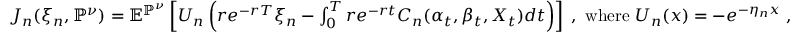
\begin{array} { r } { J _ { n } ( \xi _ { n } , \mathbb { P } ^ { \nu } ) = \mathbb { E } ^ { \mathbb { P } ^ { \nu } } \left[ U _ { n } \left( r e ^ { - r T } \xi _ { n } - \int _ { 0 } ^ { T } r e ^ { - r t } C _ { n } ( \alpha _ { t } , \beta _ { t } , X _ { t } ) d t \right) \right] \; , \mathrm { ~ w h e r e ~ } U _ { n } ( x ) = - e ^ { - \eta _ { n } x } \; , } \end{array}